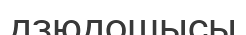
дзюдошысы